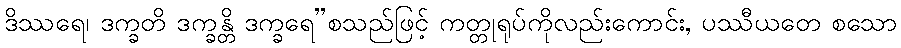
ဒိဿရေ၊ ဒက္ခတိ ဒက္ခန္တိ ဒက္ခရေ”စသည်ဖြင့် ကတ္တုရုပ်ကိုလည်းကောင်း, ပဿီယတေ စသော